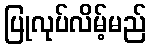
ပြုလုပ်လိမ့်မည်